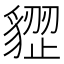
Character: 𧳺